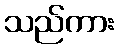
သည်ကား